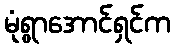
မုံရွာအောင်ရှင်က